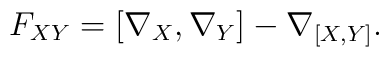
F_{XY}=[\nabla _{X},\nabla _{Y}]-\nabla _{[X,Y]}.